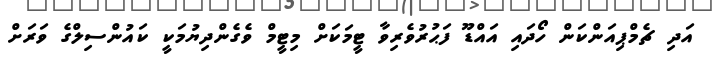
އަދި ޗެމްޕިއަންކަން ހޯދައި އައްޑޫ ފަޙުރުވެރިވާ ޓީމަކަށް މިޓީމް ވެގެންދިޔުމަކީ ކައުންސިލްގެ ވަރަށް